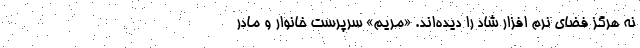
نه هرگز فضای نرم افزار شاد را دیده‌اند. «مریم» سرپرست خانوار و مادر